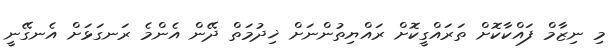
މި ނިޒާމް ފައްކާކޮށް ތަރައްގީކޮށް ރައްޔިތުންނަށް ޚިދުމަތް ދޭން އެންމެ ރަނގަޅަށް އެނގޭނީ